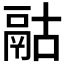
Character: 𩰯